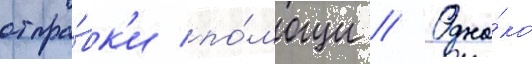
отпра́вк'и по́мощи // Одна́ко